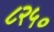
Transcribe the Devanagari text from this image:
८२५०